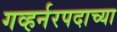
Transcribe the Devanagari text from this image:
गव्हर्नरपदाच्या